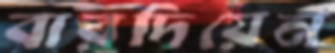
বারদিয়েন